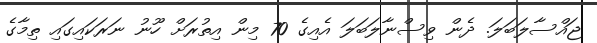
ޖައްސާލަބަލަ. ދެން ވިސްނާލަބަލަ އެއިގެ 70 މިން އިތުރަށް ހޫނު ނަރަކައިގައި ތިމާގެ